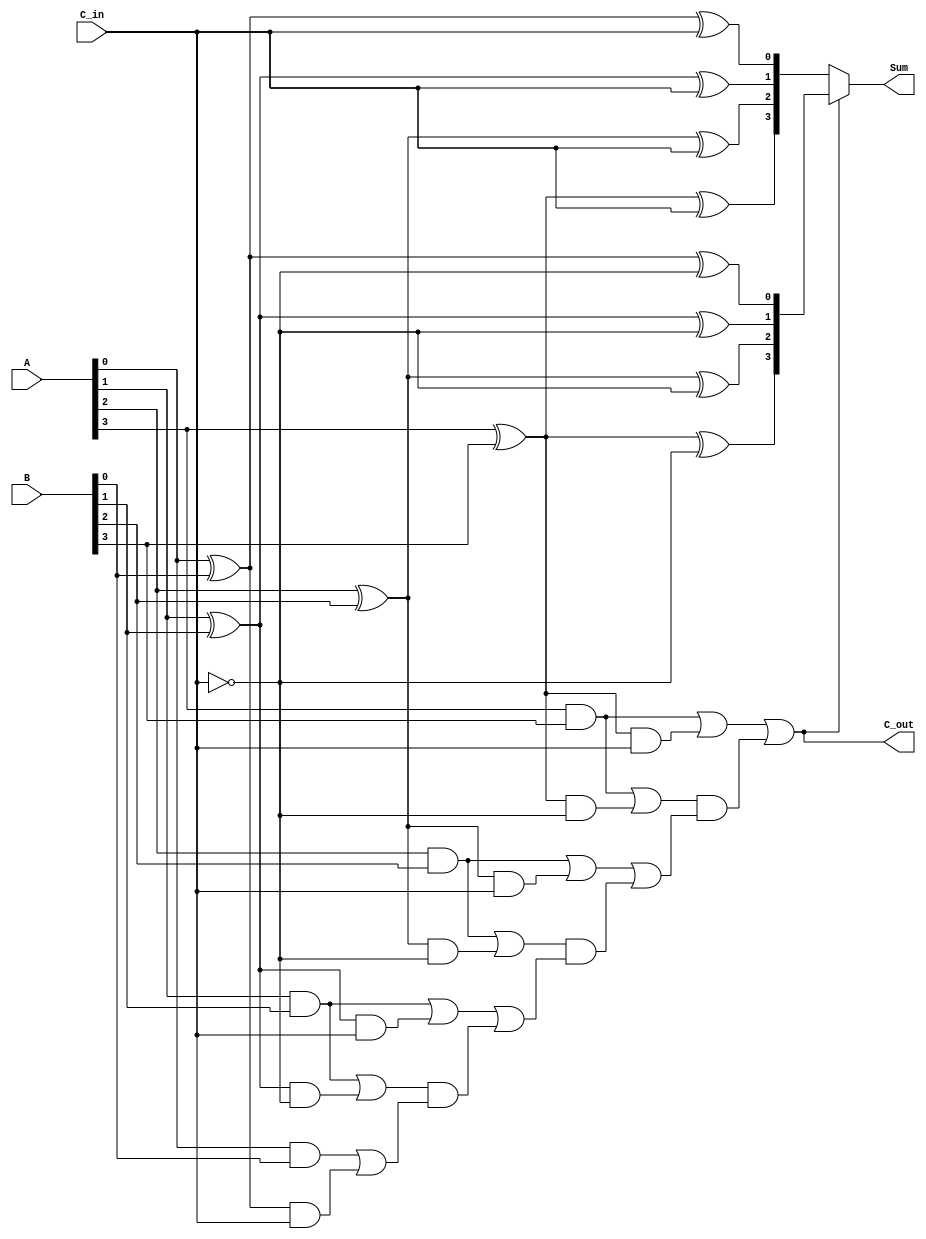
module conditional_sum_adder (
    input  [3:0] A,       // 4-bit input A
    input  [3:0] B,       // 4-bit input B
    input        C_in,     // Carry-in
    output [3:0] Sum,      // 4-bit Sum output
    output       C_out      // Carry-out
);

    wire [3:0] S0;        // Sum if carry-in is 0
    wire [3:0] S1;        // Sum if carry-in is 1
    wire [3:0] C_out0;    // Carry-out if carry-in is 0
    wire [3:0] C_out1;    // Carry-out if carry-in is 1
    wire [3:0] C_select;   // Selected carry-out for each bit
    wire C_final;         // Final carry-out

    // Generate sums and carry-outs for each bit
    genvar i;
    generate
        for (i = 0; i < 4; i = i + 1) begin : CSA_BIT
            // Sum generation
            assign S0[i] = A[i] ^ B[i] ^ C_in;                          // Sum if C_in = 0
            assign S1[i] = A[i] ^ B[i] ^ (C_in ^ 1'b1);                // Sum if C_in = 1
            
            // Carry generation
            assign C_out0[i] = (A[i] & B[i]) | ((A[i] ^ B[i]) & C_in); // Carry-out if C_in = 0
            assign C_out1[i] = (A[i] & B[i]) | ((A[i] ^ B[i]) & (C_in ^ 1'b1)); // Carry-out if C_in = 1
        end
    endgenerate

    // Carry selection logic
    assign C_select[0] = C_out0[0]; // C_out for least significant bit
    assign C_select[1] = C_out0[1] | (C_out1[1] & C_out0[0]); // C_out for second bit
    assign C_select[2] = C_out0[2] | (C_out1[2] & C_select[1]); // C_out for third bit
    assign C_select[3] = C_out0[3] | (C_out1[3] & C_select[2]); // C_out for MSB

    // Final carry-out selection
    assign C_final = C_select[3];

    // Final sum selection based on the final carry
    assign Sum = C_final ? S1 : S0;

    // Assign final carry-out
    assign C_out = C_final;

endmodule